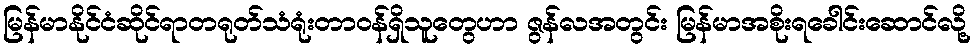
မြန်မာနိုင်ငံဆိုင်ရာတရုတ်သံရုံးတာဝန်ရှိသူတွေဟာ ဇွန်လအတွင်း မြန်မာအစိုးရခေါင်းဆောင်လို့